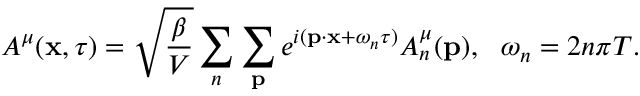
A ^ { \mu } ( { \bf x } , \tau ) = \sqrt { \frac { \beta } { V } } \sum _ { n } \sum _ { { \bf p } } e ^ { i ( { \bf p } \cdot { \bf x } + \omega _ { n } \tau ) } A _ { n } ^ { \mu } ( { \bf p } ) , \ \ \omega _ { n } = 2 n \pi T .